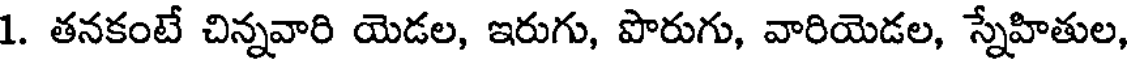
1. తనకంటే చిన్నవారి యెడల, ఇరుగు, పొరుగు, వారియెడల, స్నేహితుల,